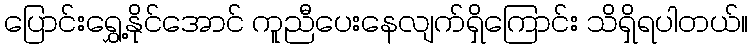
ပြောင်းရွှေ့နိုင်အောင် ကူညီပေးနေလျက်ရှိကြောင်း သိရှိရပါတယ်။